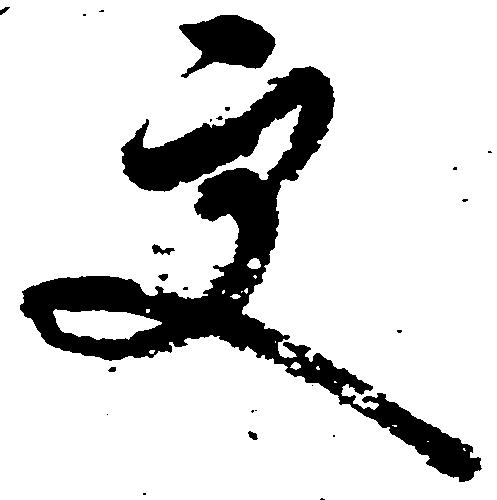
更